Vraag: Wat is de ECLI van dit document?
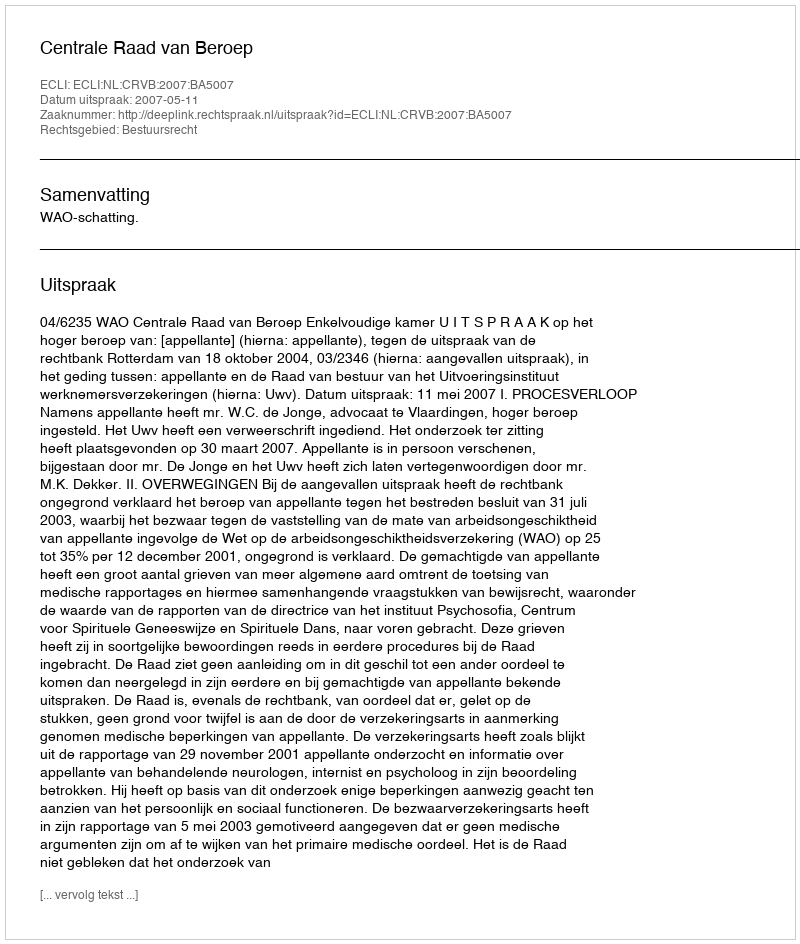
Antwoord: ECLI:NL:CRVB:2007:BA5007